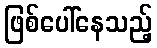
ဖြစ်ပေါ်နေသည့်